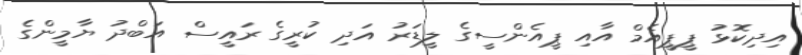
އިދިކޮޅު ޕީޕީއެމް އާއި ޕީއެންސީގެ ލީޑަރު އަދި ކުރީގެ ރައީސް އަބްދު ޔާމީންގެ